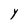
Character: Y